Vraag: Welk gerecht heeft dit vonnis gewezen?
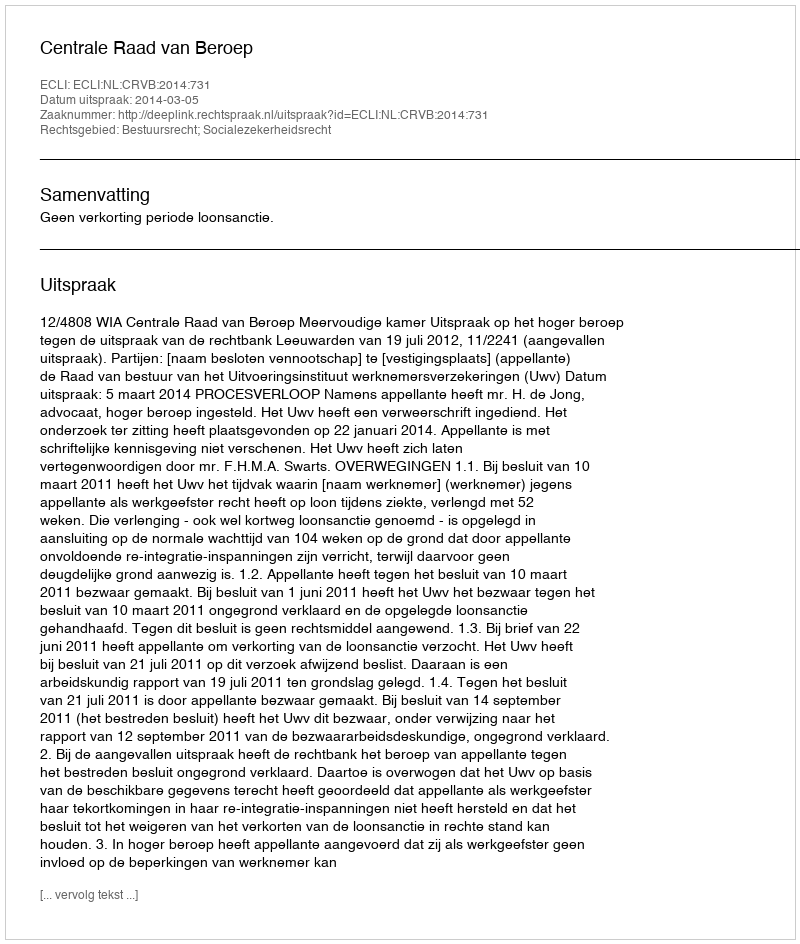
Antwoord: Centrale Raad van Beroep